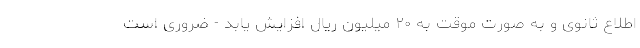
اطلاع ثانوی و به صورت موقت به ۲۰ میلیون ریال افزایش یابد - ضروری است